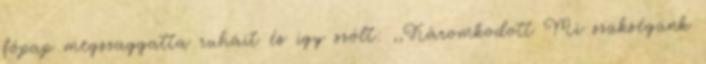
főpap megszaggatta ruháit és így szólt: ,,Káromkodott Mi szükségünk